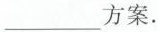
___方案.